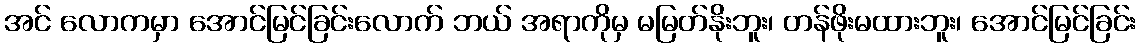
အင် လောကမှာ အောင်မြင်ခြင်းလောက် ဘယ် အရာကိုမှ မမြတ်နိုးဘူး၊ တန်ဖိုးမထားဘူး၊ အောင်မြင်ခြင်း